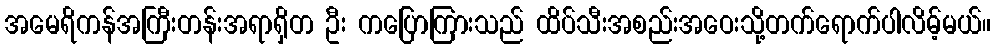
အမေရိကန်အကြီးတန်းအရာရှိတ ဦး ကပြောကြားသည် ထိပ်သီးအစည်းအဝေးသို့တက်ရောက်ပါလိမ့်မယ်။